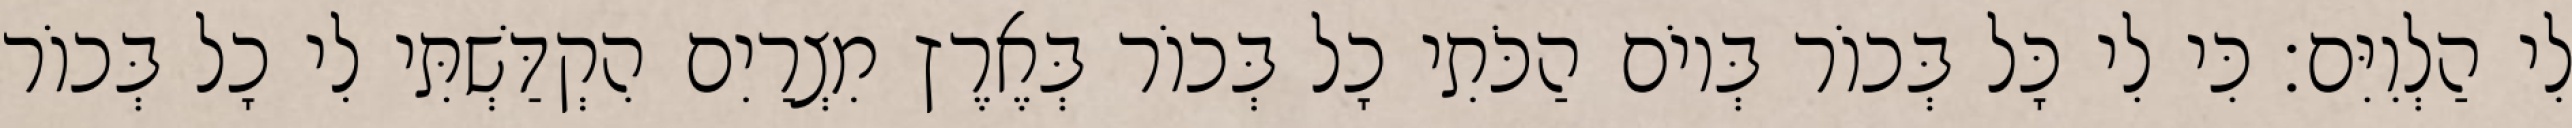
לִי הַלְוִיִּם׃ כִּי לִי כָּל בְּכוֹר בְּיוֹם הַכֹּתִי כָל בְּכוֹר בְּאֶרֶץ מִצְרַיִם הִקְדַּשְׁתִּי לִי כָל בְּכוֹר